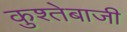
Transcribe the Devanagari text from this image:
कुश्तेबाजी